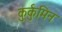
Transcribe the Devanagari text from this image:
कुर्कुमिन